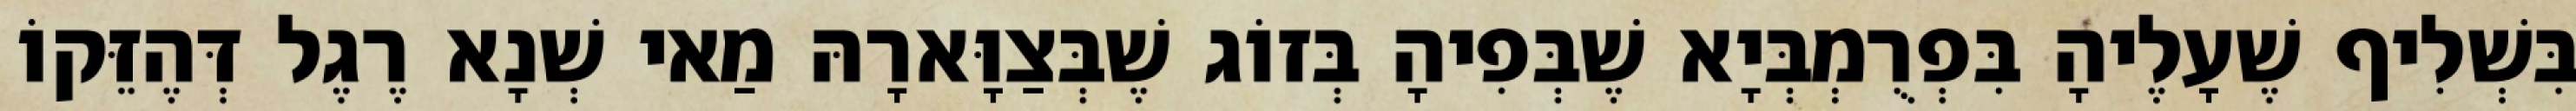
בִּשְׁלִיף שֶׁעָלֶיהָ בִּפְרֻמְבְּיָא שֶׁבְּפִיהָ בְּזוֹג שֶׁבְּצַוָּארָהּ מַאי שְׁנָא רֶגֶל דְּהֶזֵּקוֹ